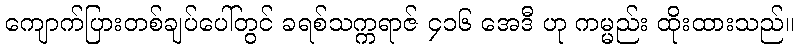
ကျောက်ပြားတစ်ချပ်ပေါ်တွင် ခရစ်သက္ကရာဇ် ၄၁၆ အေဒီ ဟု ကမ္မည်း ထိုးထားသည်။